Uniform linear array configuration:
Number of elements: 32
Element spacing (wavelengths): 0.25
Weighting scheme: cosine
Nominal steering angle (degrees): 60
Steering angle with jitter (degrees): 59.542
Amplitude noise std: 0.05
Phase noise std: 0.05

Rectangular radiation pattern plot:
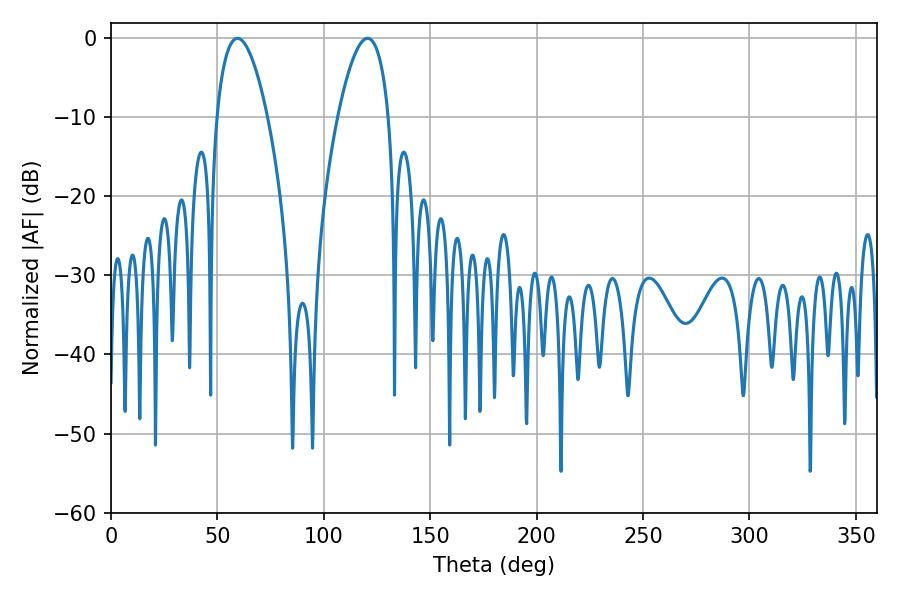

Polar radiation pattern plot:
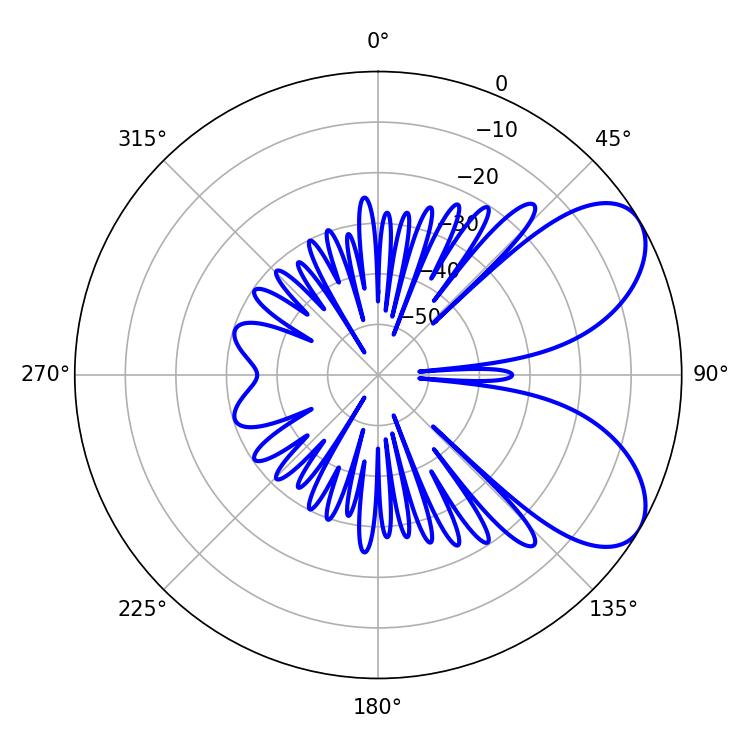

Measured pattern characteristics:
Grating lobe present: FALSE
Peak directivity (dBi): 6.668
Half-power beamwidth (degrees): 13.32
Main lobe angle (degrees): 59.4